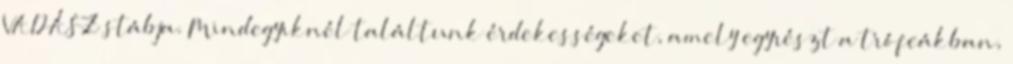
VADÁSZ stábja. Mindegyiknél találtunk érdekességeket, amely egyrészt a trófeákban,